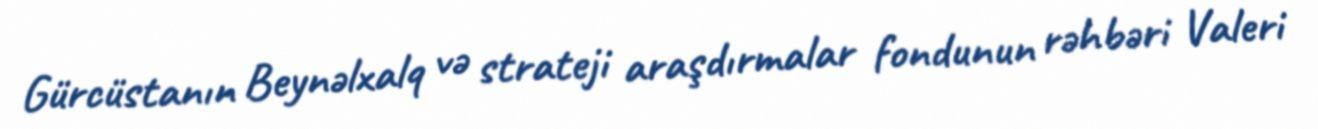
Gürcüstanın Beynəlxalq və strateji araşdırmalar fondunun rəhbəri Valeri